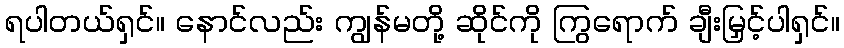
ရပါတယ်ရှင်။ နောင်လည်း ကျွန်မတို့ ဆိုင်ကို ကြွရောက် ချီးမြှင့်ပါရှင်။